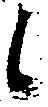
候